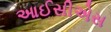
આઈસીએસ